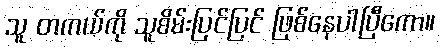
သူ တကယ်ကို သူစိမ်းပြင်ပြင် ဖြစ်နေပါပြီကော။